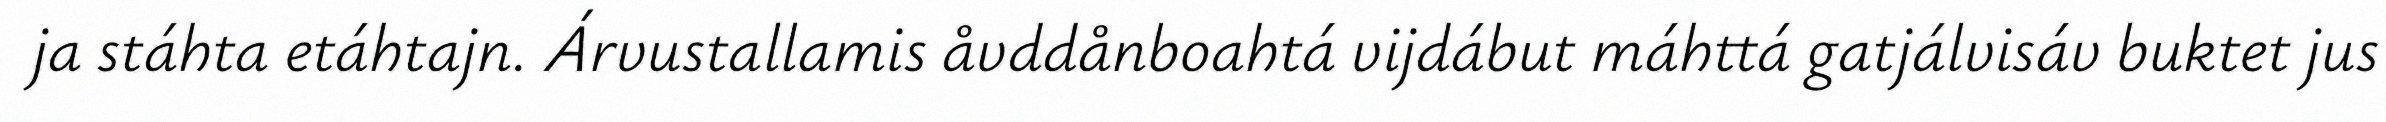
ja stáhta etáhtajn. Árvustallamis åvddånboahtá vijdábut máhttá gatjálvisáv buktet jus